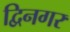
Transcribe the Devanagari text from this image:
द्विनगर